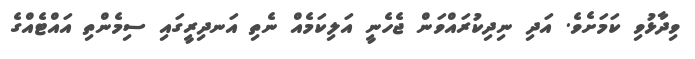
ވިދާޅުވި ކަމަށެވެ. އަދި ނިދިކުރައްވަން ޖެހެނީ އަލިކަމެއް ނެތި އަނދިރީގައި ސިމެންތި އައްޓެއްގެ